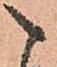
こ